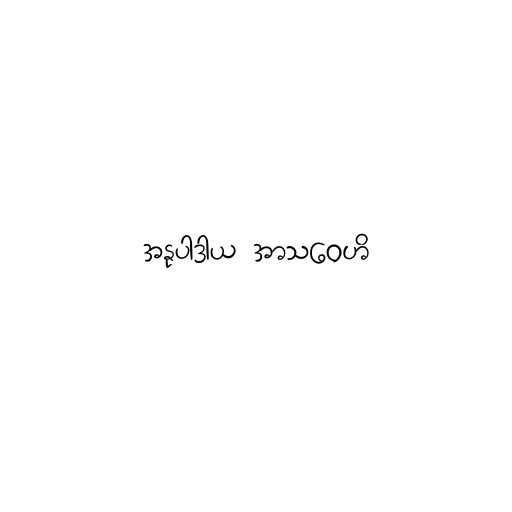
အနုပါဒာယ အာသဝေဟိ